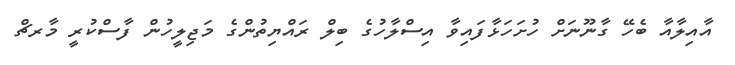
އާއިލާއާ ބެހޭ ގާނޫނަށް ހުށަހަޅާފައިވާ އިސްލާހުގެ ބިލް ރައްޔިތުންގެ މަޖިލީހުން ފާސްކުރީ މާރޗް